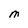
Character: M